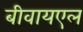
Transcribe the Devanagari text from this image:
बीवायएल